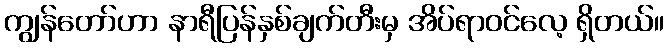
ကျွန်တော်ဟာ နာရီပြန်နှစ်ချက်တီးမှ အိပ်ရာဝင်လေ့ ရှိတယ်။